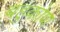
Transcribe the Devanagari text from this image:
बहुकोण